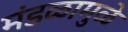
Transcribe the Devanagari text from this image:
मंडळामुळे